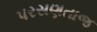
પરસણતાજ